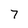
Character: 7